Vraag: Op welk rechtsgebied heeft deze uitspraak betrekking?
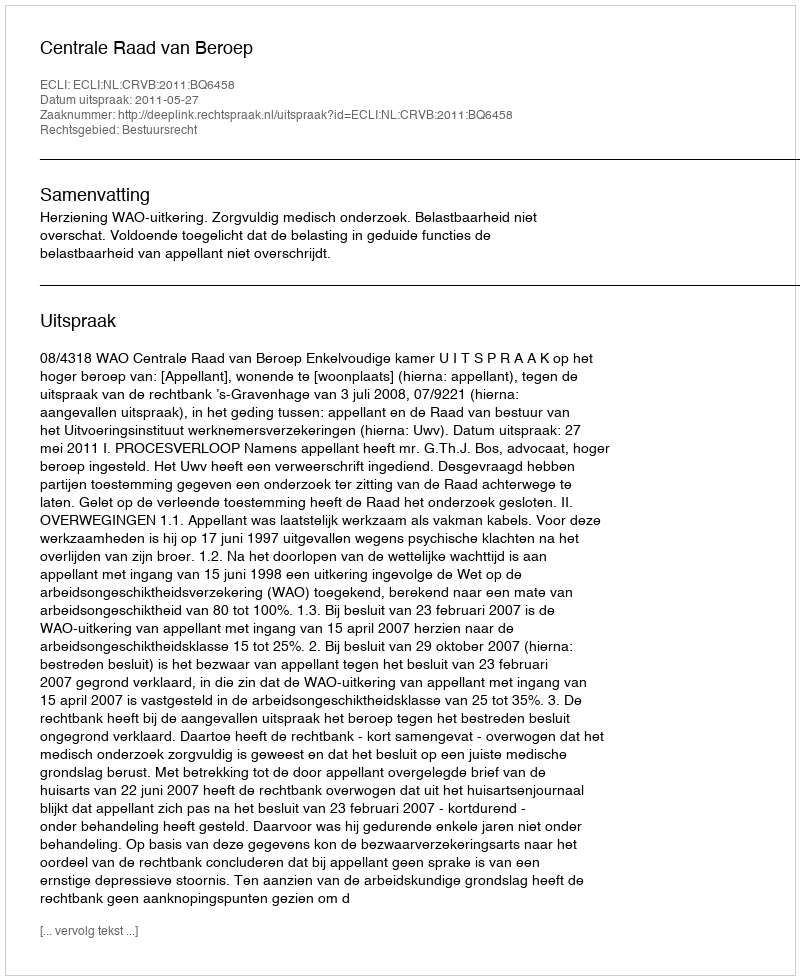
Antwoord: Bestuursrecht